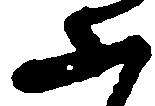
ふ